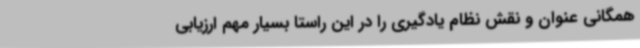
همگانی عنوان و نقش نظام یادگیری را در این راستا بسیار مهم ارزیابی